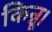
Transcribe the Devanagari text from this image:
किन्नू।